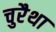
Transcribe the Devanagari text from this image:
चुरैथा